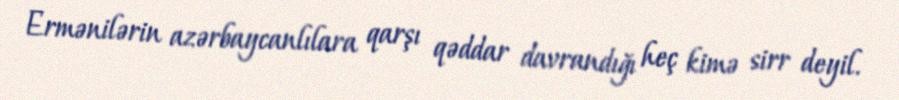
Ermənilərin azərbaycanlılara qarşı qəddar davrandığı heç kimə sirr deyil.